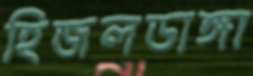
হিজলডাঙ্গা